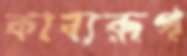
কাব্যরূপ